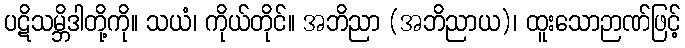
ပဋိသမ္ဘိဒါတို့ကို။ သယံ၊ ကိုယ်တိုင်။ အဘိညာ (အဘိညာယ)၊ ထူးသောဉာဏ်ဖြင့်